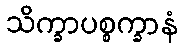
သိက္ခာပစ္စက္ခာနံ